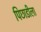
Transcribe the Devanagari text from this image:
पिछाडीला